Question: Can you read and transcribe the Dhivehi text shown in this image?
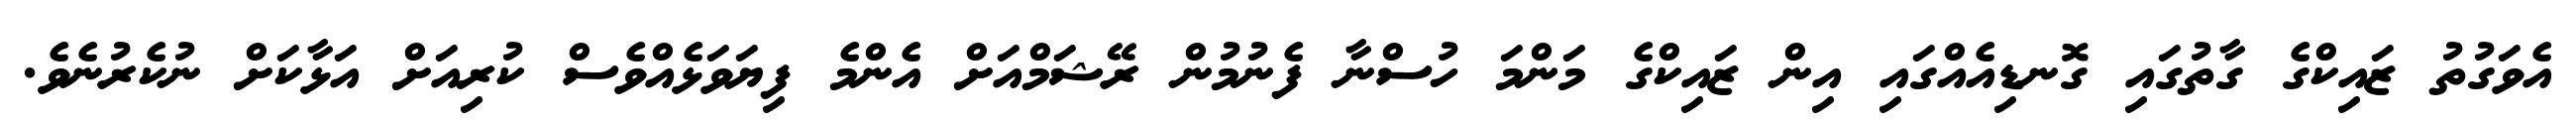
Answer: އެވަގުތު ޒައިކްގެ ގާތުގައި ގޮނޑިއެއްގައި އިން ޒައިކްގެ މަންމަ ހުސްނާ ފެނުމުން ރޭޝަމްއަށް އެންމެ ފިޔަވަޅެއްވެސް ކުރިއަށް އަޅާކަށް ނުކެރުނެވެ.